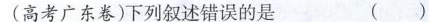
例(高考广东卷)下列叙述错误的是 ()